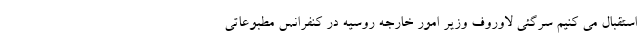
استقبال می کنیم سرگئی لاوروف وزیر امور خارجه روسیه در کنفرانس مطبوعاتی